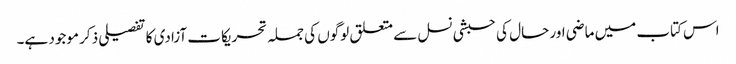
اس کتاب میں ماضی اور حال کی حبشی نسل سے متعلق لوگوں کی جملہ تحریکات آزادی کا تفصیلی ذکر موجود ہے۔